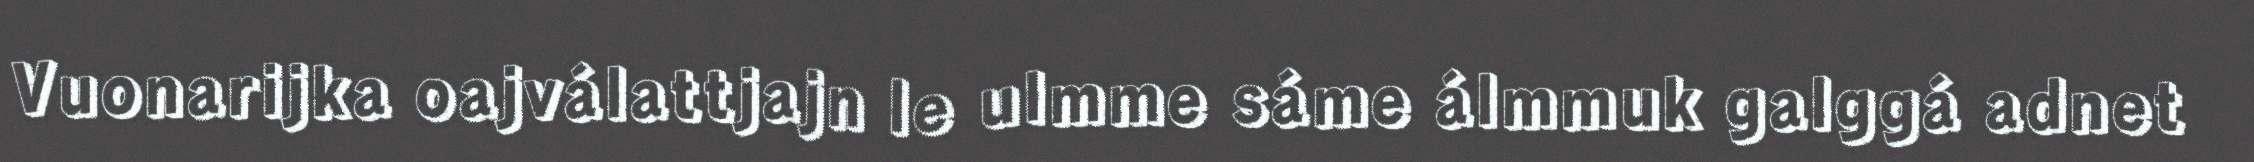
Vuonarijka oajválattjajn le ulmme sáme álmmuk galggá adnet